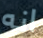
انه